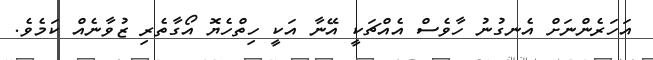
އަހަރެންނަށް އެނގުނު ހާވެސް އެއްޗަކީ އޭނާ އަކީ ހިތްހެޔޮ އޯގާތެރި ޒުވާނެއް ކަމެވެ.